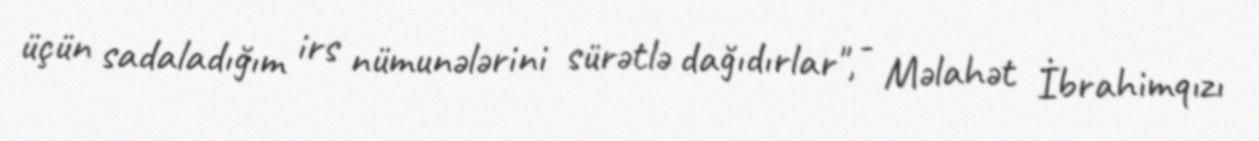
üçün sadaladığım irs nümunələrini sürətlə dağıdırlar", - Məlahət İbrahimqızı